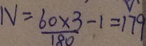
N = \frac { 6 0 \times 3 } { 1 8 0 } - 1 = 1 7 9